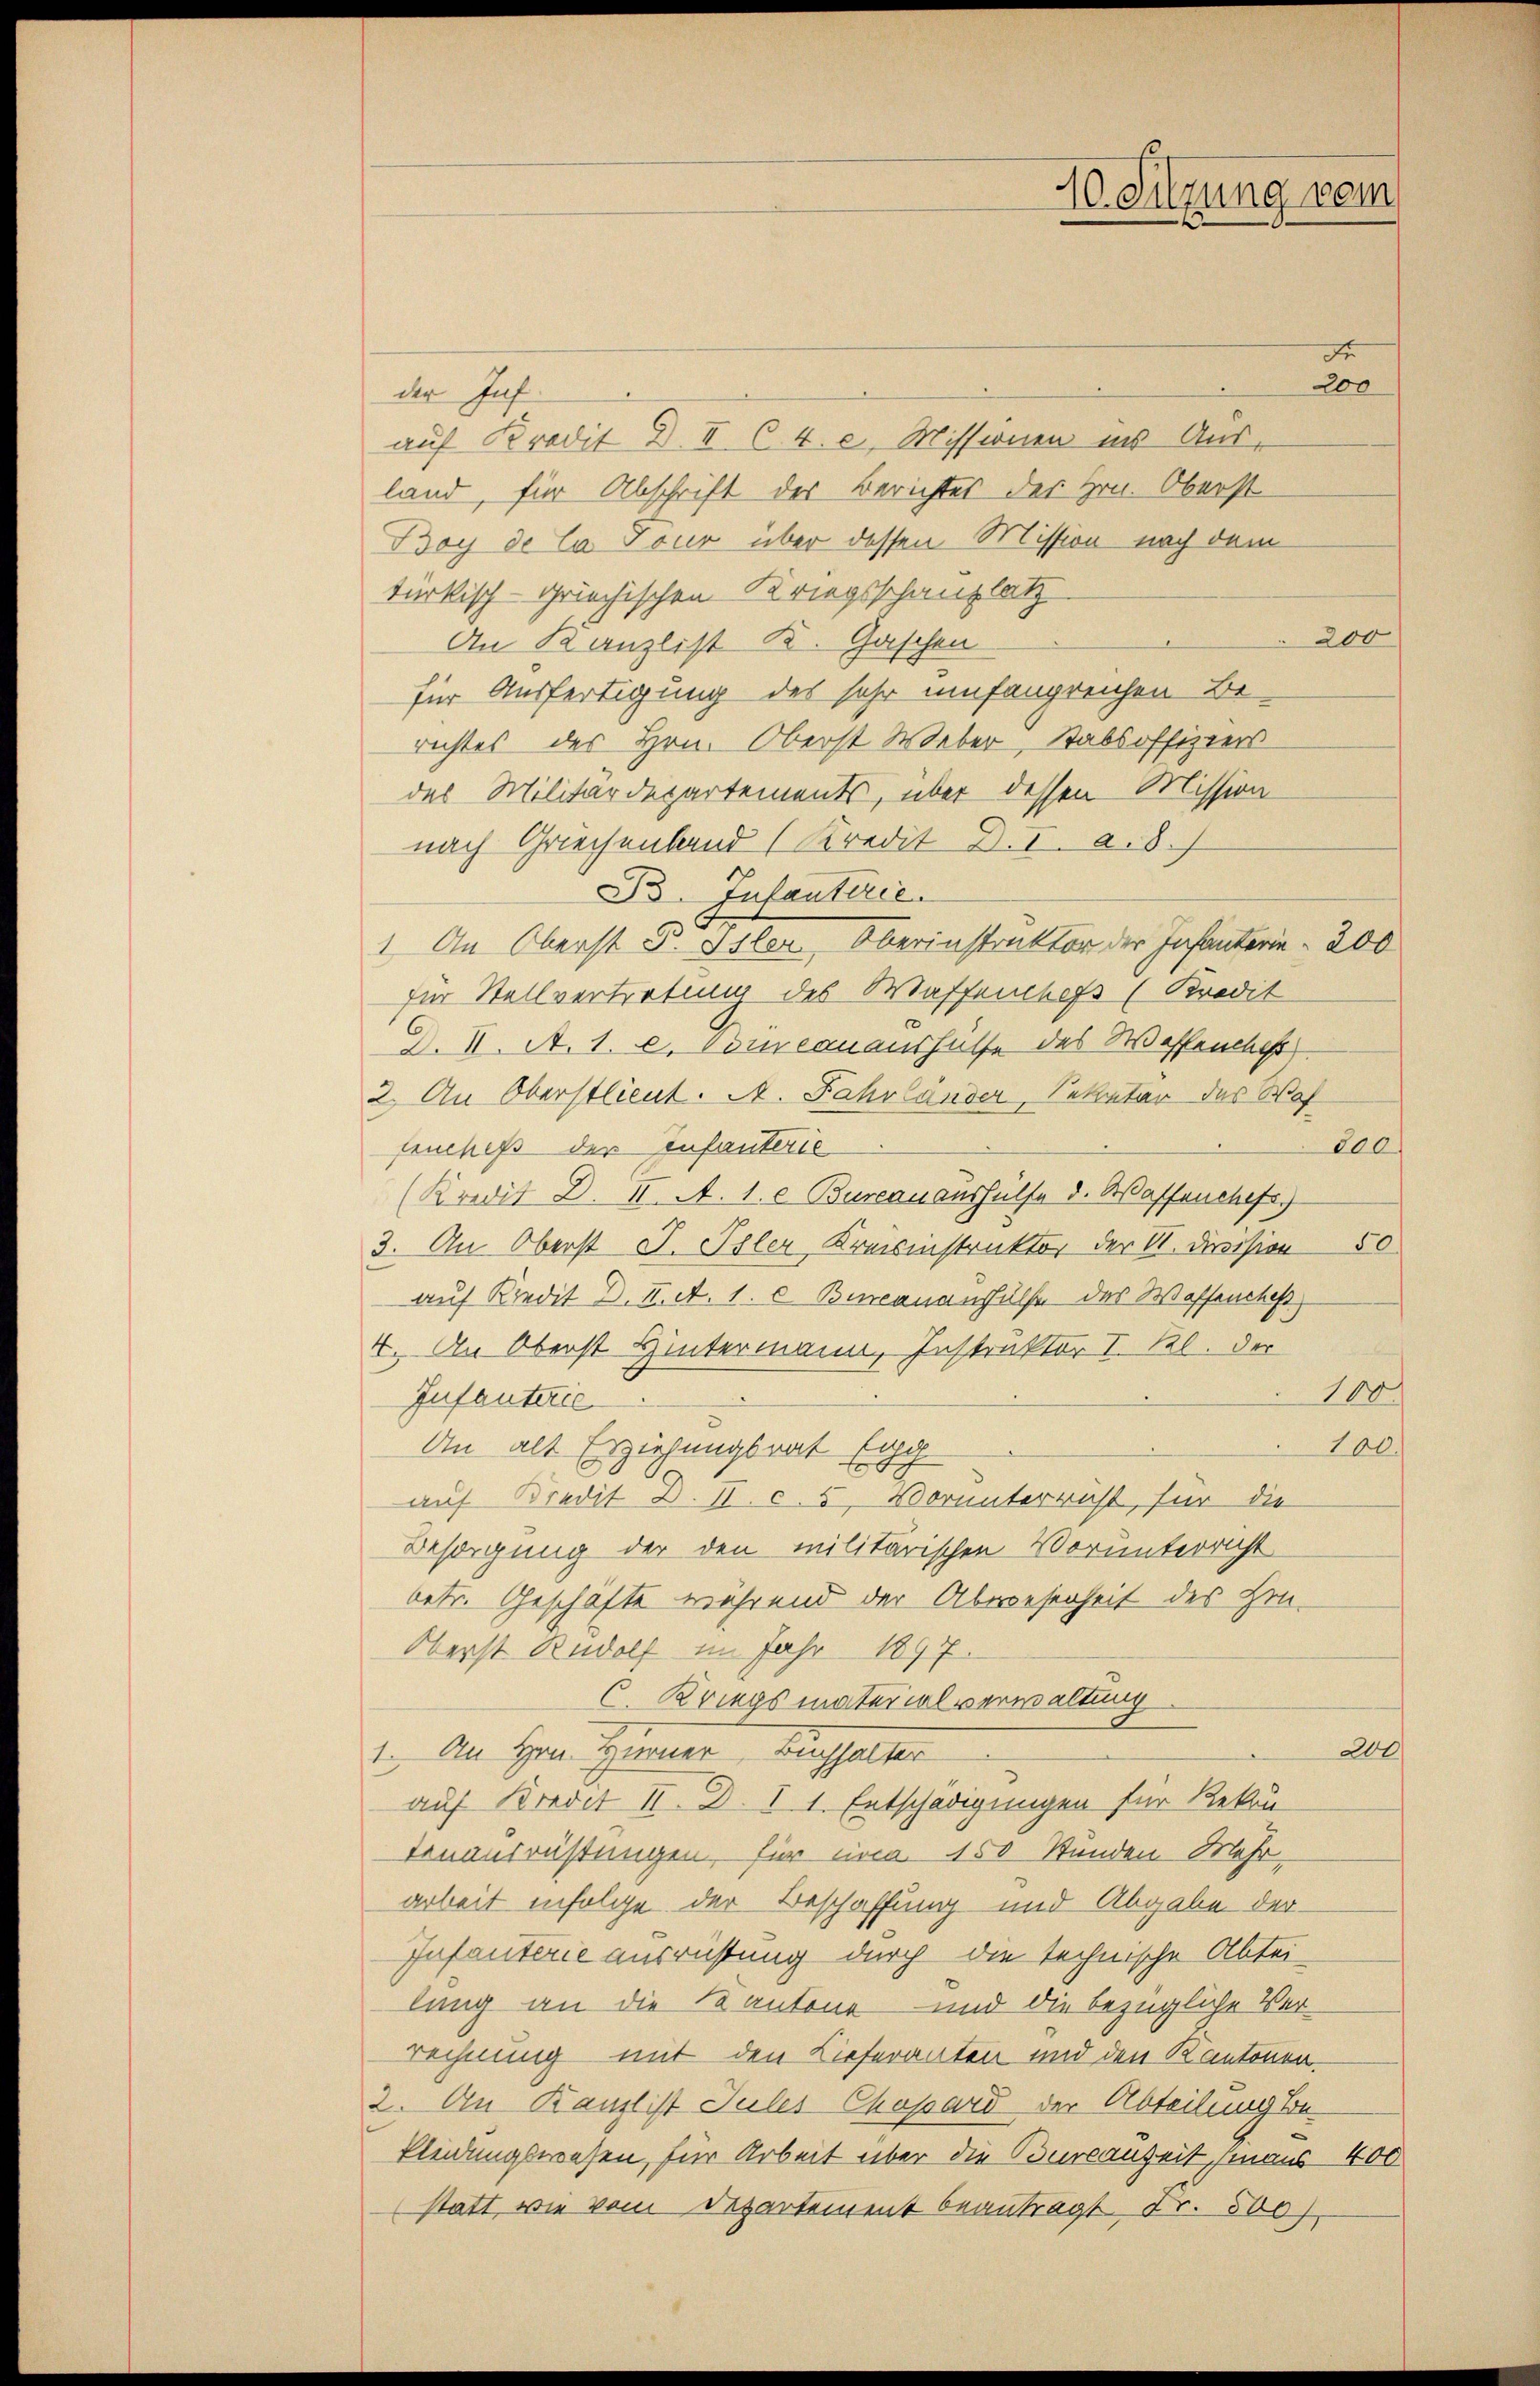
Fr
200
der Inf
auf Kredit d. II 64. e. Missionen ins Ausland, für Abschrift der Berichtes des Hrn. Oberst
Boy de la Tour über dessen Mission nach dem
türkisch-griechischen Kriegsschauplatz
200
An Kanzlist K. Gaschen
für Ausfertigung des sehr umfangreichen Be-
richtes des Hrn. Oberst Weber, Stabsoffiziers
des Militärdepartements, über dessen Mission
nach Griechenband (Kredit D. I. a. 8. J
B. Infanterie.
1. An Oberst F. Isler, Oberinstruktor der Infanterie 200
für Stellvertretung des Wassenhofs (Kredit
D. K. A. 1. e. Courcanaushülfe des Waffenches
2. An Oberstlieut. A. Fahrländer, Sekretär des Waf
200
fruchefs der Infanteris
(Kredit D. II. A. 1. e. Bureau aushülfe d. Waffenchefr
3. An Oberst J. Isler Kreisinstruktor der VI. Division 50
auf Kredit d. II. A. 1. c. Bicanaushülfe des Waffenches
4. An Oberst Hintermann, Instruktor I. Kl. der
100
Infanterie
An alt Erziehungsrat tag
100
F
auf Kredit D. II. c. 5. Vorunterricht, für die
Besorgung der den militärischen Vorunterricht
betr. Geschäfte während der Abwesenheit des Hrn.
Oberst Rudolf im Jahr 1897.
C. Kriegsmaterialverwaltung
200
1. An Hrn. Hiener Buchhalter
auf Bredit II. D. I 1. Entschädigungen für Rekon-
tenausrüstungen, für circa 150 Stunden Mehr-
arbeit infolge der Beschaffung und Abgabe der¬
Infanterie ausrichtung durch die technische Abtei-
lung an die Kantone und die bezügliche Verrechnung mit den Lieferanten und den Kantonen.
2. An Kanzlist Jules Chopard der Abteilung be¬
Kleidungswesen, für Arbeit über die Burcanheit, hinaus 400
statt, wie vom Departement beantragt Fr. 500)

40. Sitzung vom